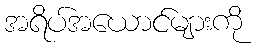
အရိပ်အယောင်များကို